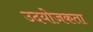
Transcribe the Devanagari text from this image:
उदयोजकता